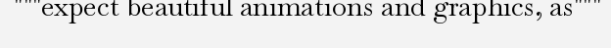
"""expect beautiful animations and graphics, as"""